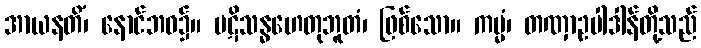
အာယနတိံ၊ နောင်ဘဝ၌။ ပဋိသန္ဓဟေတုဘူတံ၊ ဖြစ်သော။ ကမ္မံ၊ တဏှာဥပါဒါန်တို့သည်